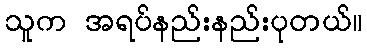
သူက အရပ်နည်းနည်းပုတယ်။